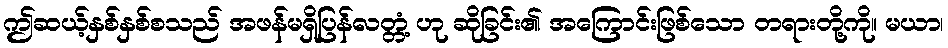
ဤဆယ့်နှစ်နှစ်စသည် အဖန်မရှိပြန်လတ္တံ့ ဟု ဆိုခြင်း၏ အကြောင်းဖြစ်သော တရားတို့ကို။ မယာ၊